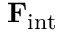
\mathbf { F } _ { \mathrm { i n t } }